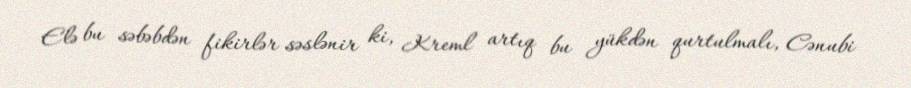
Elə bu səbəbdən fikirlər səslənir ki, Kreml artıq bu yükdən qurtulmalı, Cənubi